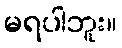
မရပါဘူး။